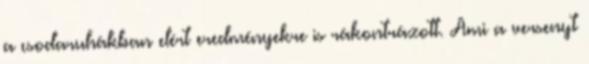
a csodaruhákban elért eredményekre is rákontrázott. Ami a versenyt